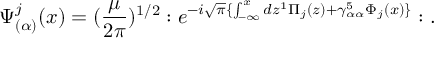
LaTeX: \Psi _ { ( \alpha ) } ^ { j } ( x ) = ( \frac { \mu } { 2 \pi } ) ^ { 1 / 2 } : e ^ { - i \sqrt { \pi } \{ \int _ { - \infty } ^ { x } d z ^ { 1 } \Pi _ { j } ( z ) + \gamma _ { \alpha \alpha } ^ { 5 } \Phi _ { j } ( x ) \} } : .